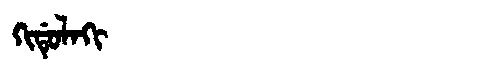
Manchu: ᡴᡳᡩᡠᠯᠠᡴᡳ
Romanization: KIDULAKI